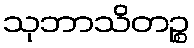
သုဘာသိတဉ္စ